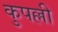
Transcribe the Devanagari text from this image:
कुपल्ली